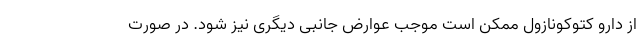
از دارو کتوکونازول ممکن است موجب عوارض جانبی دیگری نیز شود. در صورت